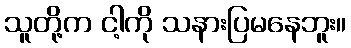
သူတို့က ငါ့ကို သနားပြမနေဘူး။